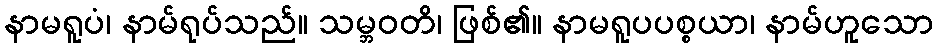
နာမရူပံ၊ နာမ်ရုပ်သည်။ သမ္ဘဝတိ၊ ဖြစ်၏။ နာမရူပပစ္စယာ၊ နာမ်ဟူသော